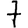
Digit: 7